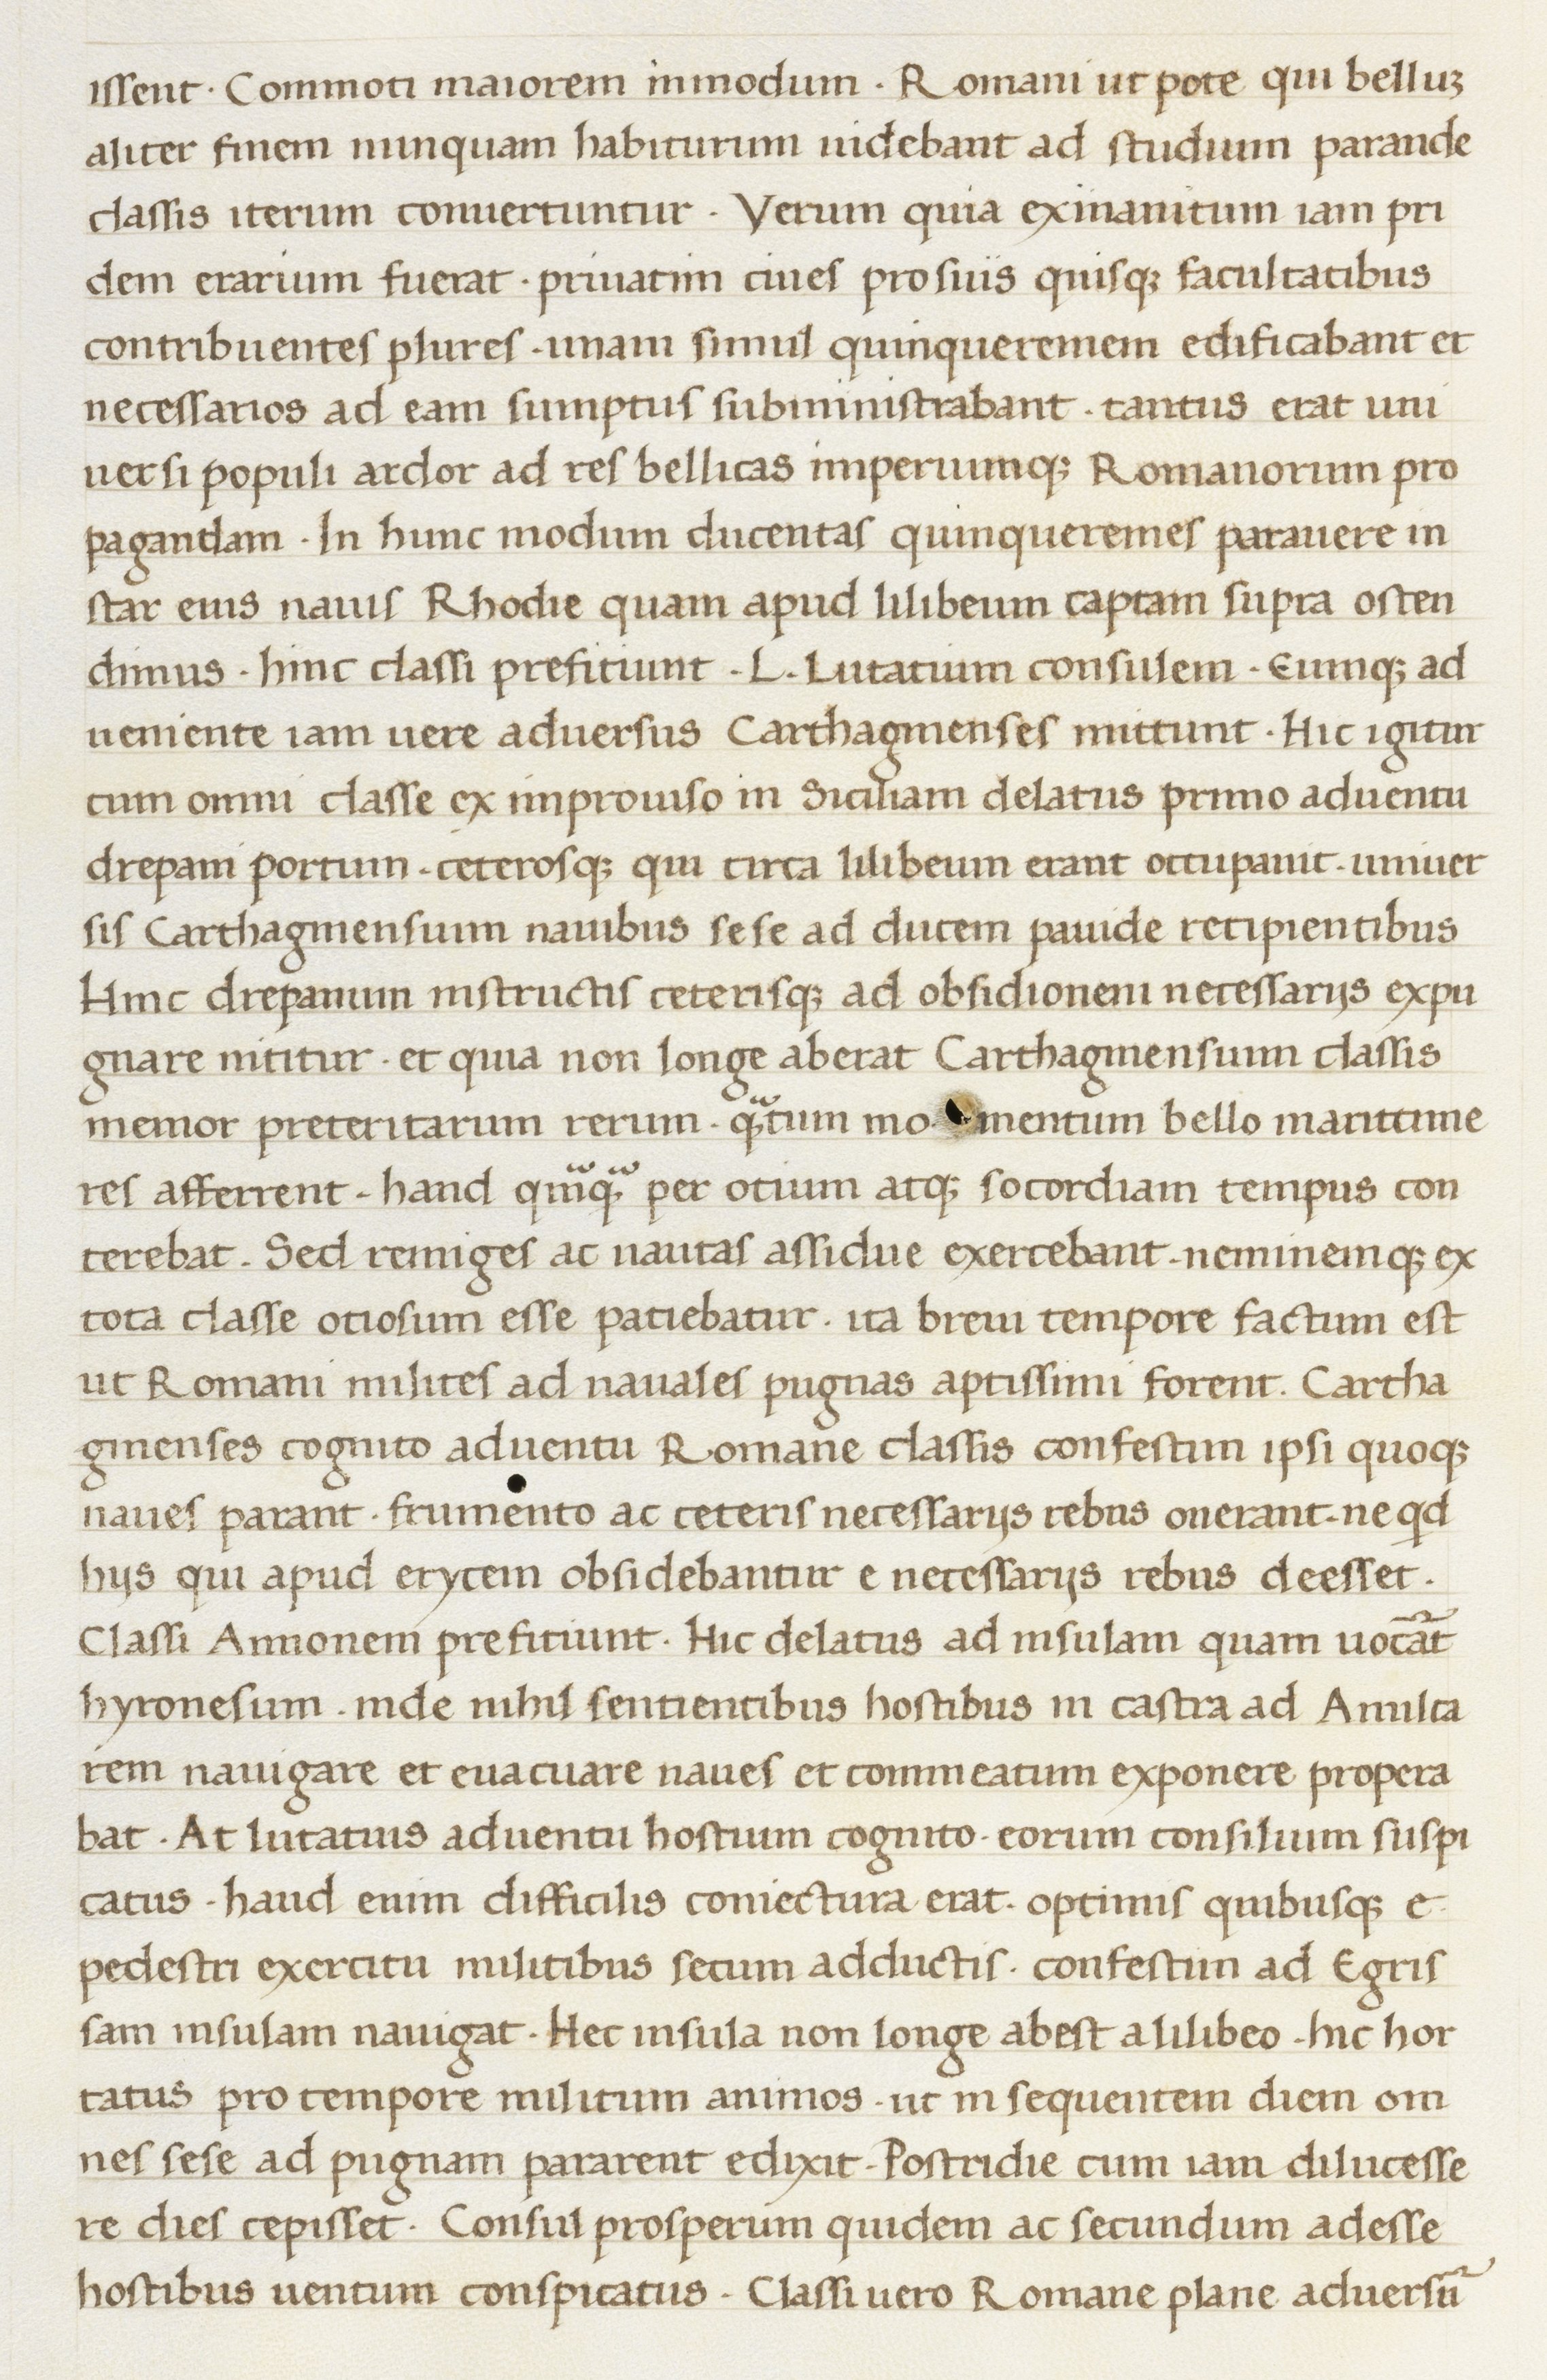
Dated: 1400–1499